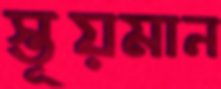
স্তূয়মান